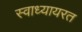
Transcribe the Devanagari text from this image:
स्वाध्यायरत